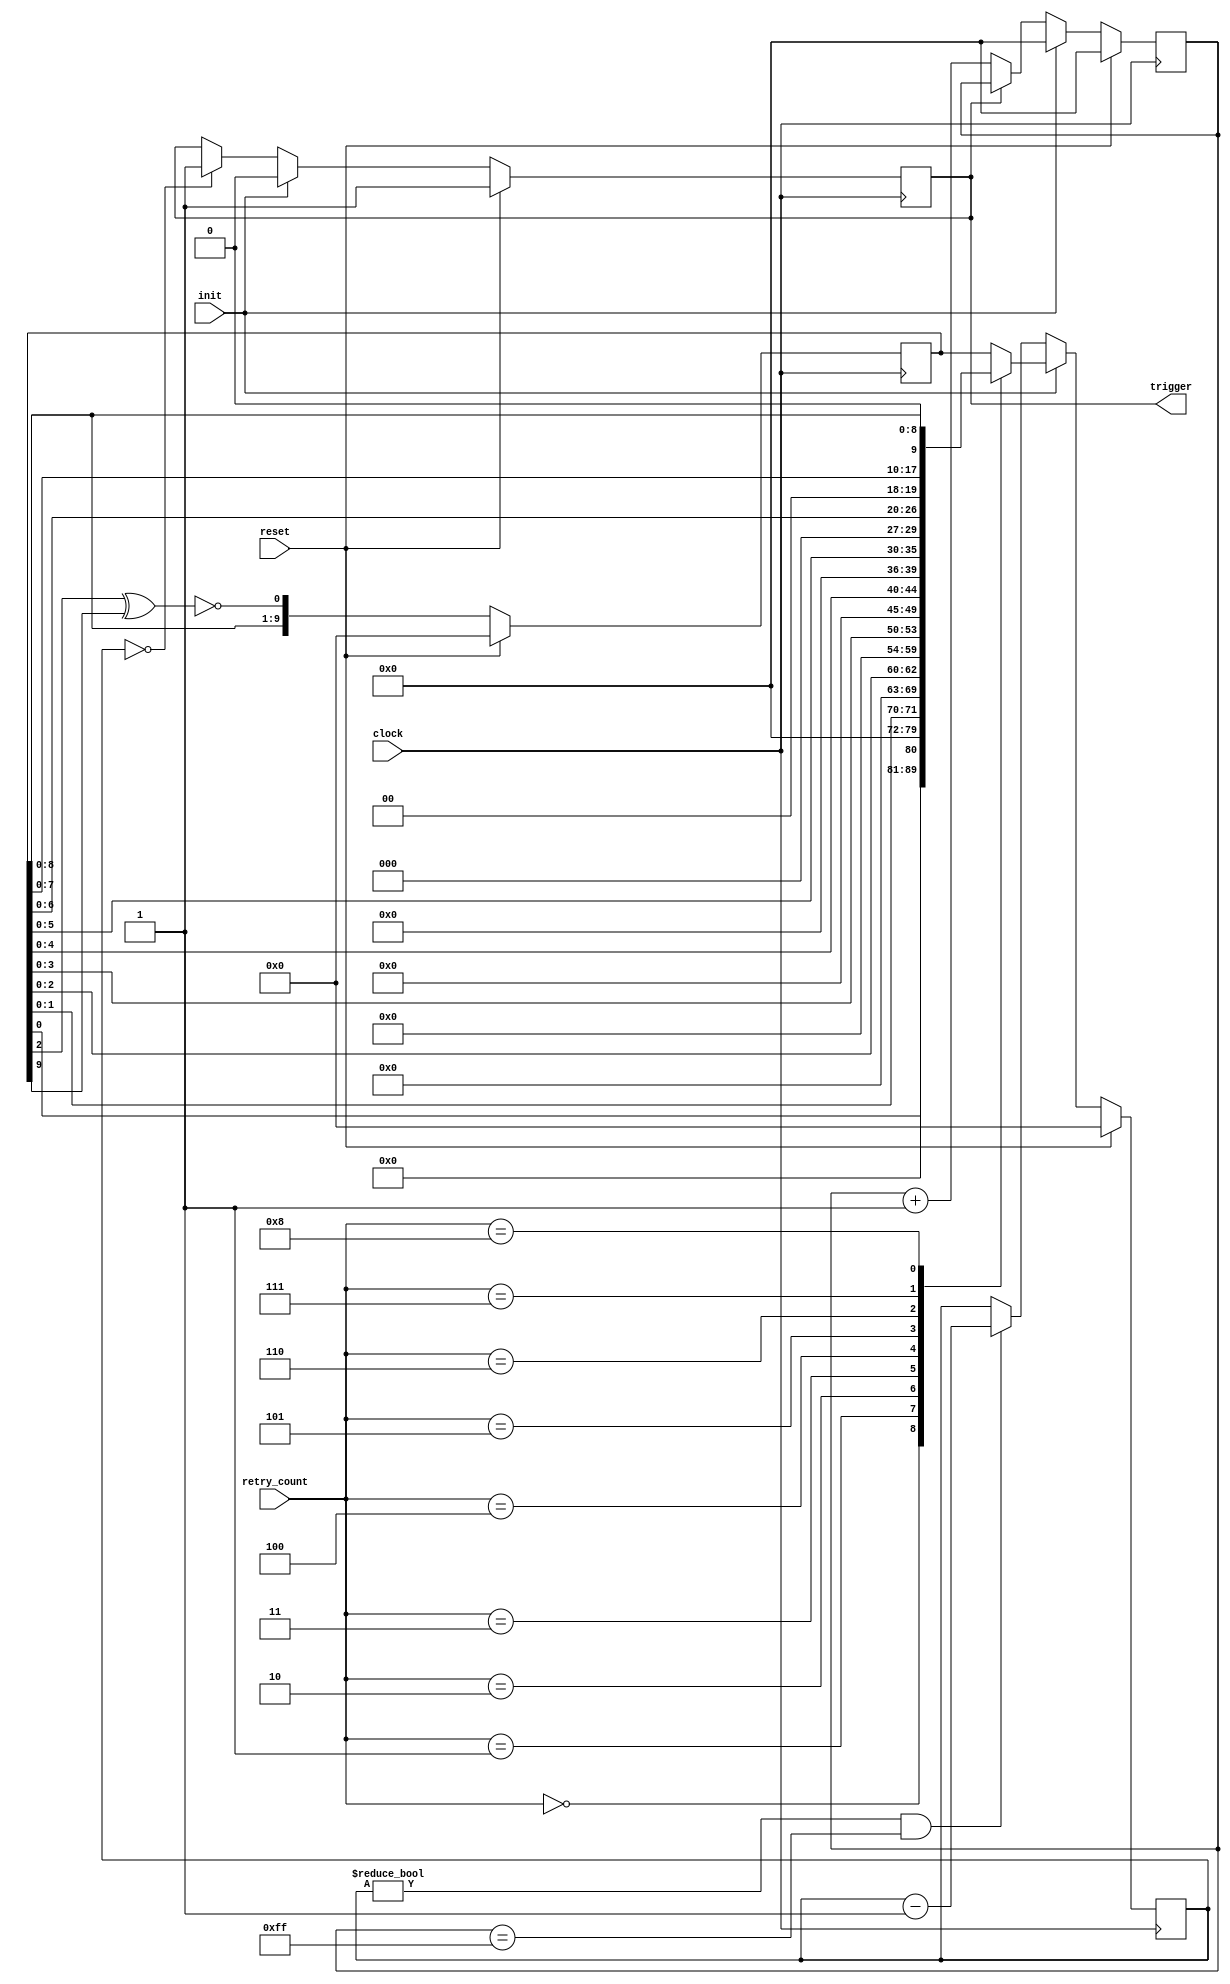
module random_gen( 
    input           reset,
    input           clock,
    input           init,
    input   [3:0]   retry_count,
    output reg      trigger
);

reg [9:0]       random_sequence;
reg [9:0]       random;
reg [9:0]       random_counter;
reg [7:0]       slot_time_counter;

always @ (posedge clock)
    if (reset)
        random_sequence <= 0;
    else
        random_sequence <= {random_sequence[8:0],~(random_sequence[2]^random_sequence[9])};
        
always @ (*)
    case (retry_count)
        4'h0    : random = {9'b0, random_sequence[0]};
        4'h1    : random = {8'b0, random_sequence[1:0]};     
        4'h2    : random = {7'b0, random_sequence[2:0]};
        4'h3    : random = {6'b0, random_sequence[3:0]};
        4'h4    : random = {5'b0, random_sequence[4:0]};
        4'h5    : random = {4'b0, random_sequence[5:0]};
        4'h6    : random = {3'b0, random_sequence[6:0]};
        4'h7    : random = {2'b0, random_sequence[7:0]};
        4'h8    : random = {1'b0, random_sequence[8:0]};
        4'h9    : random = {      random_sequence[9:0]};  
        default : random = {      random_sequence[9:0]};
    endcase

always @ (posedge clock)
    if (reset)
        slot_time_counter <= 0;
    else if(init)
        slot_time_counter <= 0;
    else if(!trigger)
        slot_time_counter <= slot_time_counter + 1;
    
always @ (posedge clock)
    if (reset)
        random_counter <= 0;
    else if (init)
        random_counter <= random;
    else if (random_counter != 0 && slot_time_counter == 255)
        random_counter <= random_counter - 1;
        
always @ (posedge clock)
    if (reset)
        trigger <= 1;
    else if (init)
        trigger <= 0;
    else if (random_counter == 0)
        trigger <= 1;
        
endmodule